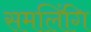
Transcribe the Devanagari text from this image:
समलिंगि